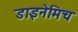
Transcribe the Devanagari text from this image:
डाइनेमिच